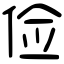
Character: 俭